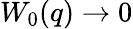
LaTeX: W_{0}(q)\to 0